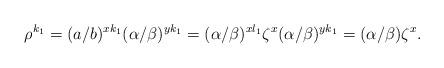
LaTeX: \begin{align*} \rho^{k_1}=(a/b)^{xk_1}(\alpha/\beta)^{yk_1}=(\alpha/\beta)^{xl_1}\zeta^x(\alpha/\beta)^{yk_1}=(\alpha/\beta)\zeta^x.\end{align*}